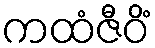
ကထံဇီဝိံ